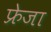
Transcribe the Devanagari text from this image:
फ्रेजा